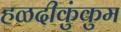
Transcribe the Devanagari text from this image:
हळदीकुंकुम